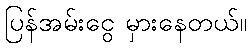
ပြန်အမ်းငွေ မှားနေတယ်။